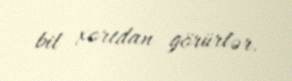
bil xortdan görürlər.